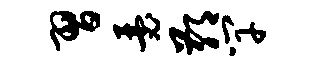
习瑟鄙竿